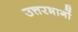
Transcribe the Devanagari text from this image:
उत्तरभागों